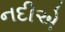
નદીએ